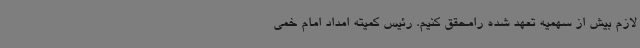
لازم بیش از سهمیه تعهد شده رامحقق کنیم. رئیس کمیته امداد امام خمی